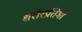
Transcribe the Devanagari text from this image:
शरीरप्रतिमा